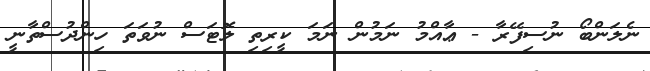
ނެލަންބޯ ނުސިފޭރާ - ޢާއްމު ނަމުން ނަމަ ކީރިތި ލޮޓަސް ނުވަތަ ހިންދުސްތާނީ